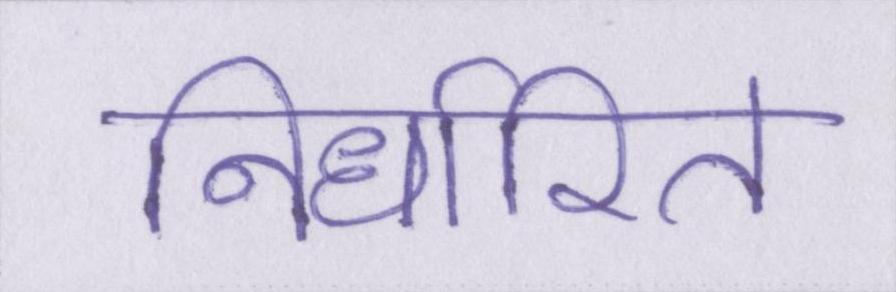
निर्धारित